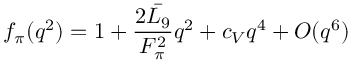
f _ { \pi } ( q ^ { 2 } ) = 1 + { \frac { 2 \bar { L _ { 9 } } } { F _ { \pi } ^ { 2 } } } q ^ { 2 } + c _ { V } q ^ { 4 } + O ( q ^ { 6 } )